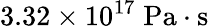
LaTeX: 3.32\times 10^{17}\; \mathrm{Pa\cdot s}